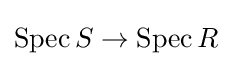
\mathrm {Spec} \,S\to \mathrm {Spec} \,R